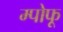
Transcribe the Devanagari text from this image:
म्पोफू